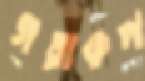
গতাকল